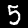
Label: 5